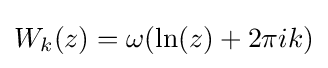
W_{k}(z)=\omega (\ln(z)+2\pi ik)